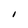
Character: I